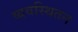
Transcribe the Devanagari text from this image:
व्यवस्थितन